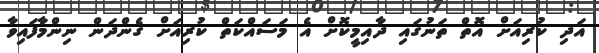
އަދި ކުރިއަށް އޮތް ތަނުގައި ދާއިމީކޮށް އެ މަސައްކަތް ކުރިއަށް ގެންދަން ނިންމާފައިވާ